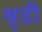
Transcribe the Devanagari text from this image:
श्रृडी